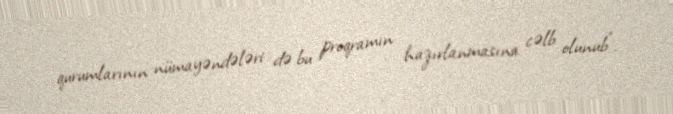
qurumlarının nümayəndələri də bu proqramın hazırlanmasına cəlb olunub”.